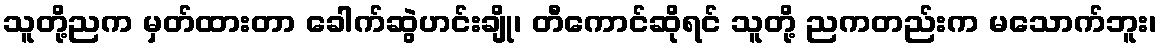
သူတို့ညက မှတ်ထားတာ ခေါက်ဆွဲဟင်းချို၊ တီကောင်ဆိုရင် သူတို့ ညကတည်းက မသောက်ဘူး၊